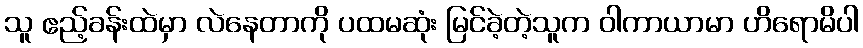
သူ ဧည့်ခန်းထဲမှာ လဲနေတာကို ပထမဆုံး မြင်ခဲ့တဲ့သူက ဝါကာယာမာ ဟိရောမိပါ